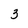
Character: 3